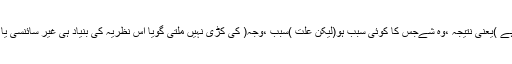
معلول تو موجود ہے )یعنی نتیجہ ،وہ شےجس کا کوئی سبب ہو(لیکن عِلت )سبب ،وجہ( کی کڑی نہیں ملتی گویا اس نظریہ کی بنیاد ہی غیر سائنسی یا اَن سائینٹفک ہے۔